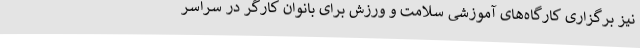
نیز برگزاری کارگاه‌های آموزشی سلامت و ورزش برای بانوان کارگر در سراسر